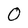
Character: 0